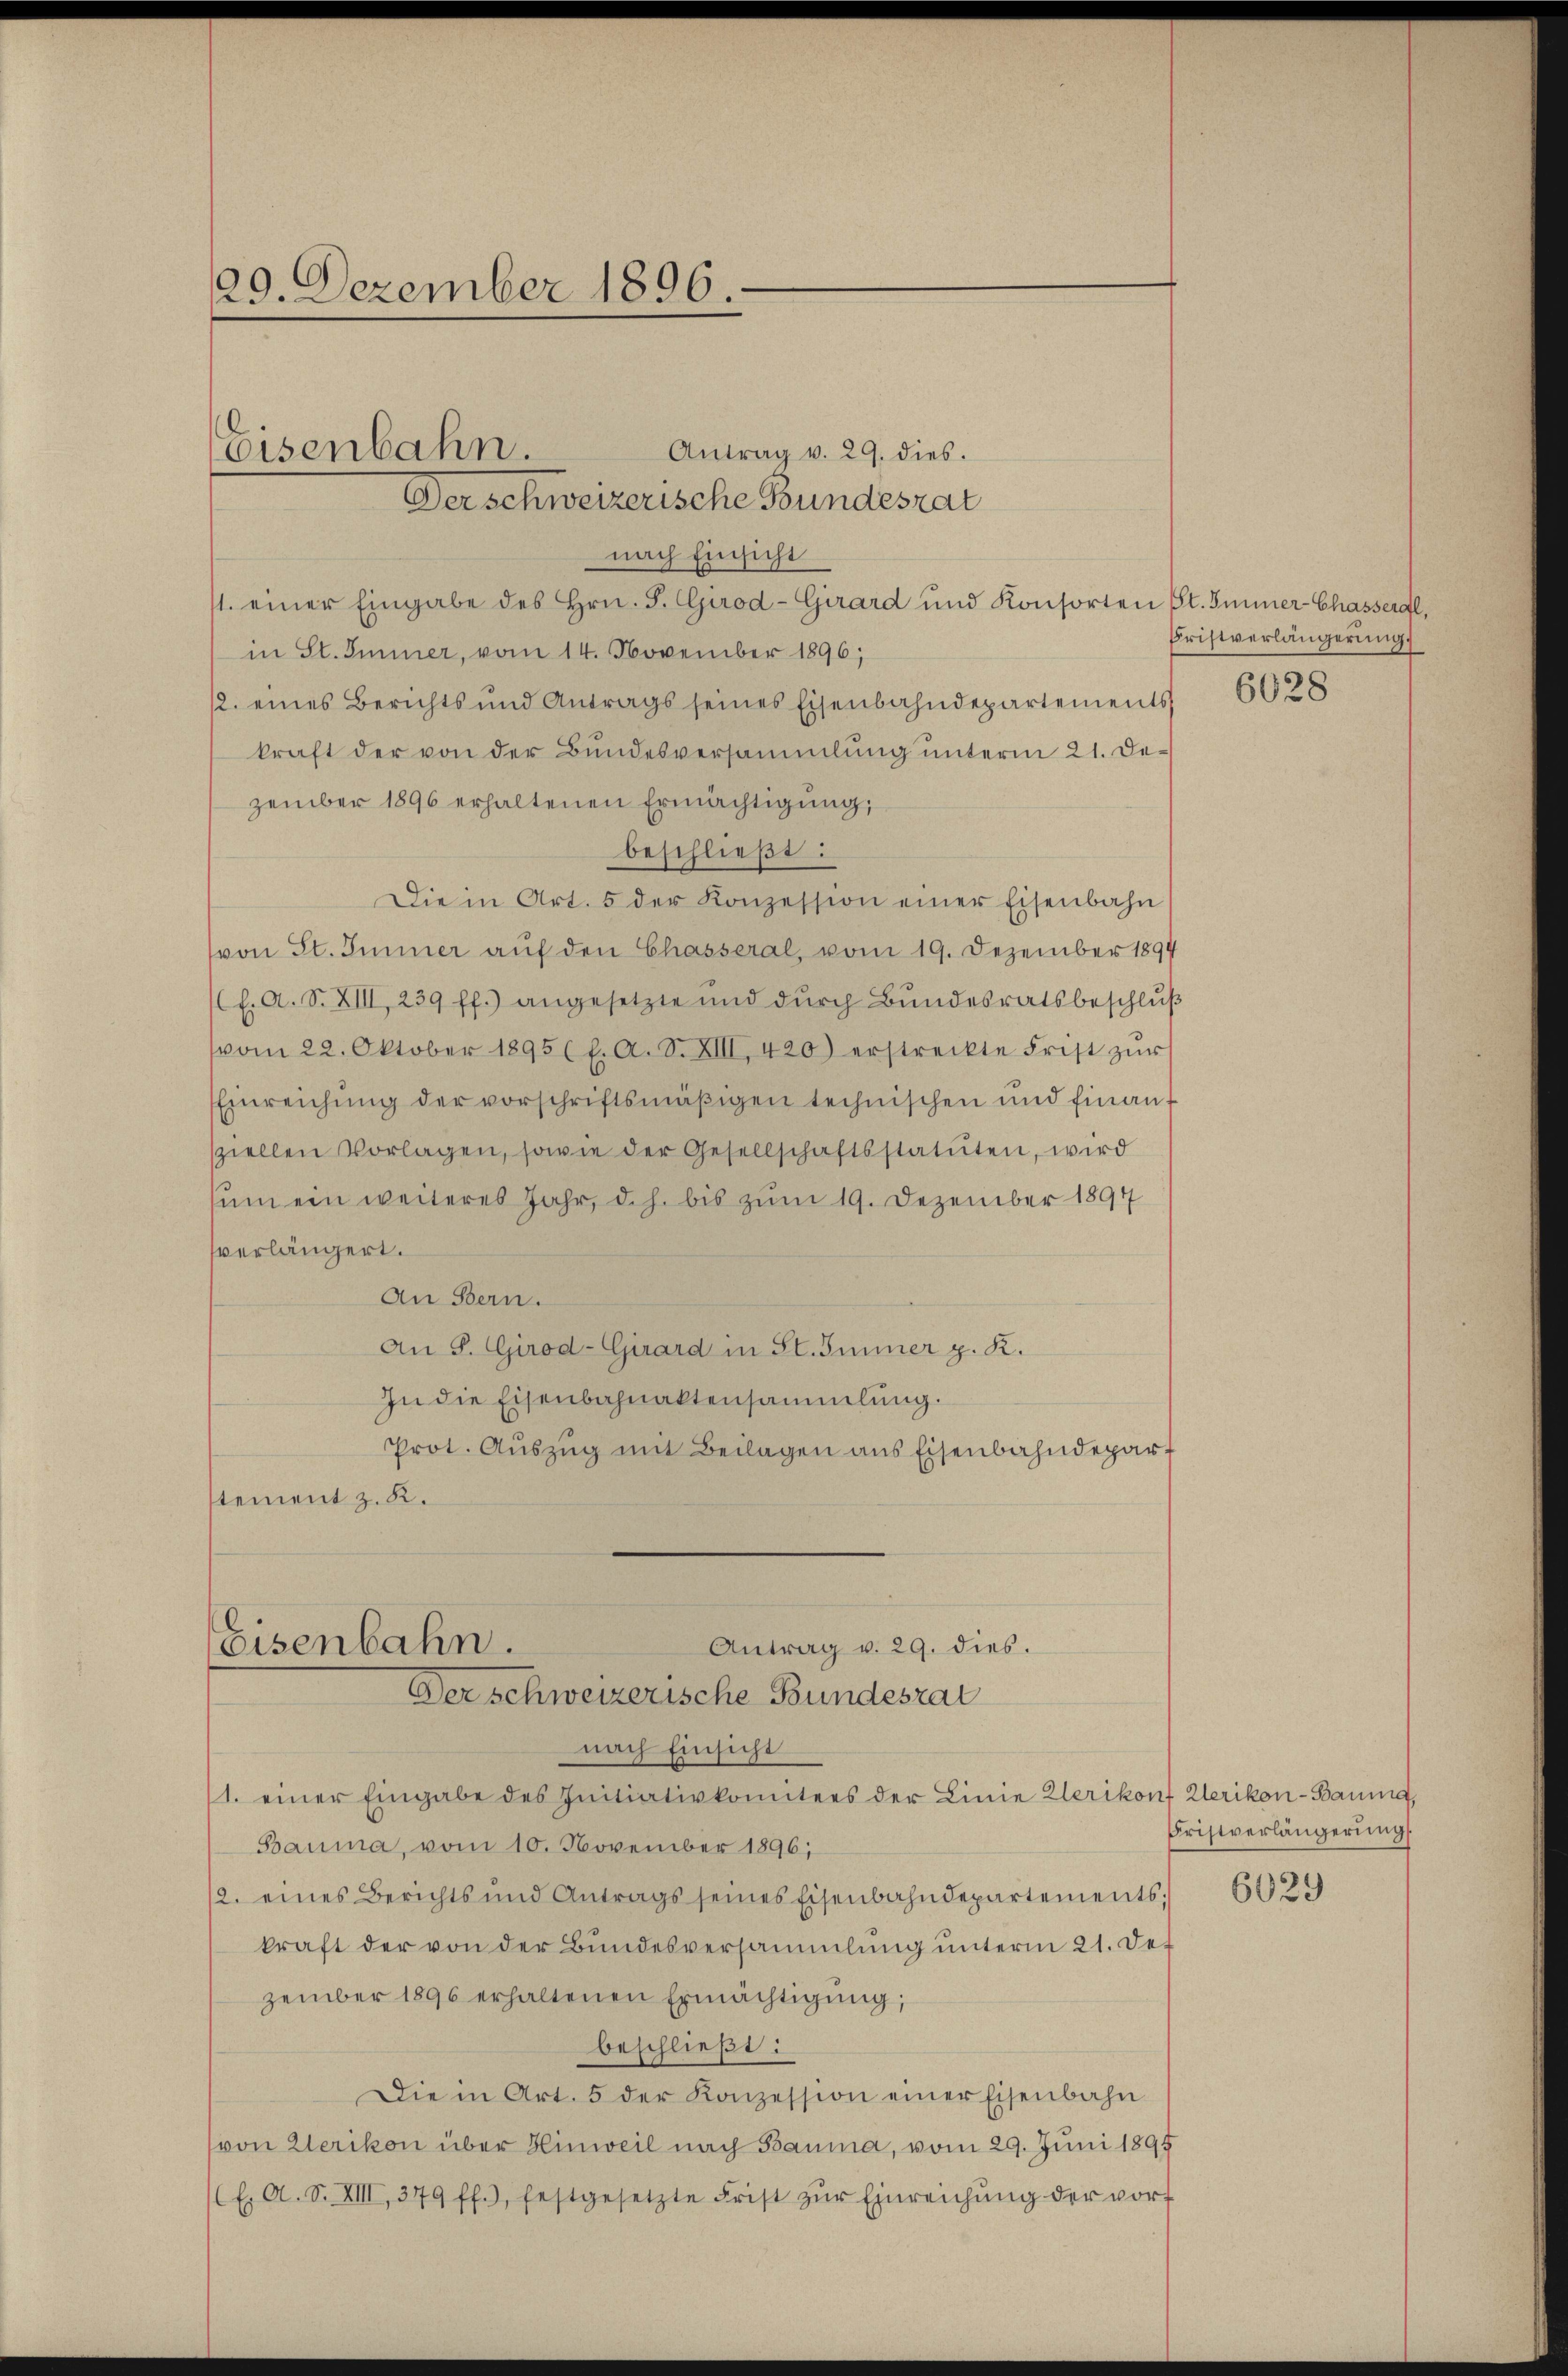
29. Dezember 1896.

Antrag v. 29. dies.
Der schweizerische Bundesrat
nach Einsicht
1. einer Eingabe des Hrn. F. Girod-Girard und Konsorten St. Immer-Chasserdl,
in St. Immer, vom 14. November 1896;
2. eines Berichts und Antrags seines Eisenbahndepartements
kraft der von der Bundesversammlung unterm 21. Dezember 1896 erhaltenen Ermächtigung,
beschließt:
Die in Art. 5 der Konzession einer Eisenbahn
von St. Immer auf den Chasseral, vom 19. Dezember 1894
l. A. S. XIII 239 ff.) angesetzte und dŭrch Bŭndesratsbeschlŭβ
vom 22. Oktober 1895 (l. A. S. XIII, 420) erstreckte Frist zŭr
Einreichŭng der vorschriftsmäβigen technischen und finanz
sziellen Vorlagen, sowie der Gesellschaftsstatuten, wird
sum ein weiteres Jahr, d.h. bis zum 19. Dezember 1894
verlängert.
An Bern.
An S. Girod-Girard in St. Immer p. K.
In die Eisenbahnaktensammlung.
Prot. Aŭszŭg mit Beilagen ans Eisenbahndepart
stement z. K.

Eisenbahn.

Antrag v. 29. dies.
Eisenbahn.
Der schweizerische Bundesrat

nach Einsicht
1. einer Eingabe des Initiativkomitees der Linie Klerikonf Clerikon-Bauma,
Bauma, vom 10. November 1896;
2. eines Berichts und Antrags seines Eisenbahndepartements;
kraft der von der Bundesversammlung unterm 21. Det
zember 1896 erhaltenen Ermächtigŭng,
beschließt:
Die in Art. 5 der Konzession einer Eisenbahn
von Werikon über Hinweil nach Bauma, vom 29. Juni 1895
E. A. S. XIII, 379 ff.), festgesetzte Frist zŭr Einreichŭng der vorf

Fristverlängerung.

6028

Fristverlängerung

6029